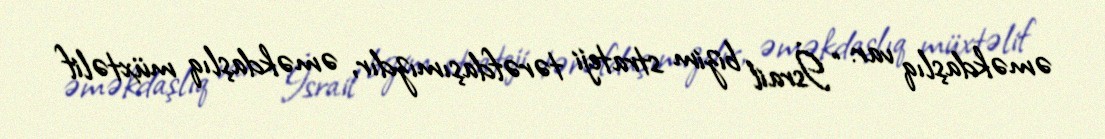
əməkdaşlıq var: “İsrail bizim strateji tərəfdaşımızdır, əməkdaşlıq müxtəlif